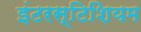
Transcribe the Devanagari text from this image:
इंटरस्टिशियम